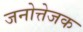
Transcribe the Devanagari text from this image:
जनोत्तेजक